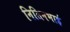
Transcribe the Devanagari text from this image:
नितिनभाई